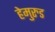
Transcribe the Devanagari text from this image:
हेमुरुड